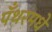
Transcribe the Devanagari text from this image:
पँथरमधे